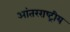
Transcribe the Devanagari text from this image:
आंतरराष्‍ट्रीय